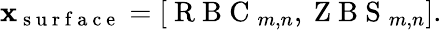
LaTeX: \mathbf x_{\mathrm{~s~u~r~f~a~c~e~}}=\left[\mathrm{~R~B~C~}_{m,n},\mathrm{~Z~B~S~}_{m,n}\right].